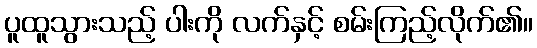
ပူထူသွားသည့် ပါးကို လက်နှင့် စမ်းကြည့်လိုက်၏။